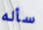
سأله